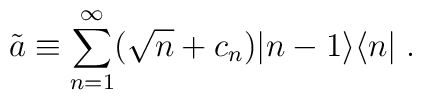
\tilde{a}\equiv\sum_{n=1}^{\infty}(\sqrt{n}+c_n)|n-1\rangle\langle n|\;.